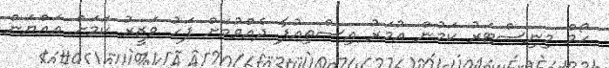
ހޯމް މިނިސްޓަރު ކަމުން އުމަރު އިސްތިއުފާ ދެއްވުމަށް ފަހު ވަޒީރު ކަމަށް އައްޔަން